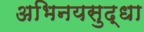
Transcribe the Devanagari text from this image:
अभिनयसुद्धा